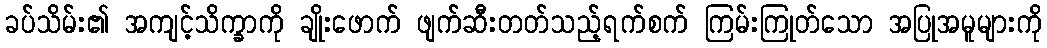
ခပ်သိမ်း၏ အကျင့်သိက္ခာကို ချိုးဖောက် ဖျက်ဆီးတတ်သည့်ရက်စက် ကြမ်းကြုတ်သော အပြုအမူများကို